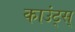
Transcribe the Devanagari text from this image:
काउंट्स्